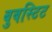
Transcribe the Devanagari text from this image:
बुबस्टिट